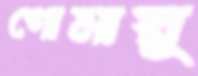
গোমায়ু